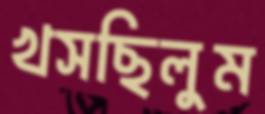
খসছিলুম